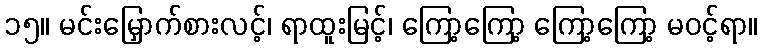
၁၅။ မင်းမြှောက်စားလင့်၊ ရာထူးမြင့်၊ ကြော့ကြော့ ကြော့ကြော့ မဝင့်ရာ။